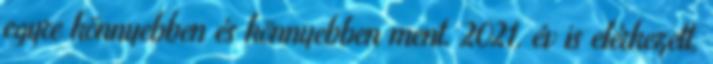
egyre könnyebben és könnyebben ment. 2021. év is elérkezett,